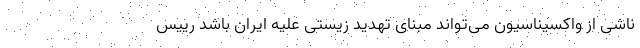
ناشی از واکسیناسیون می‌تواند مبنای تهدید زیستی علیه ایران باشد رییس